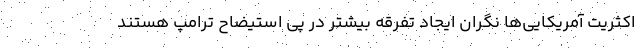
اکثریت آمریکایی‌ها نگران ایجاد تفرقه بیشتر در پی استیضاح ترامپ هستند